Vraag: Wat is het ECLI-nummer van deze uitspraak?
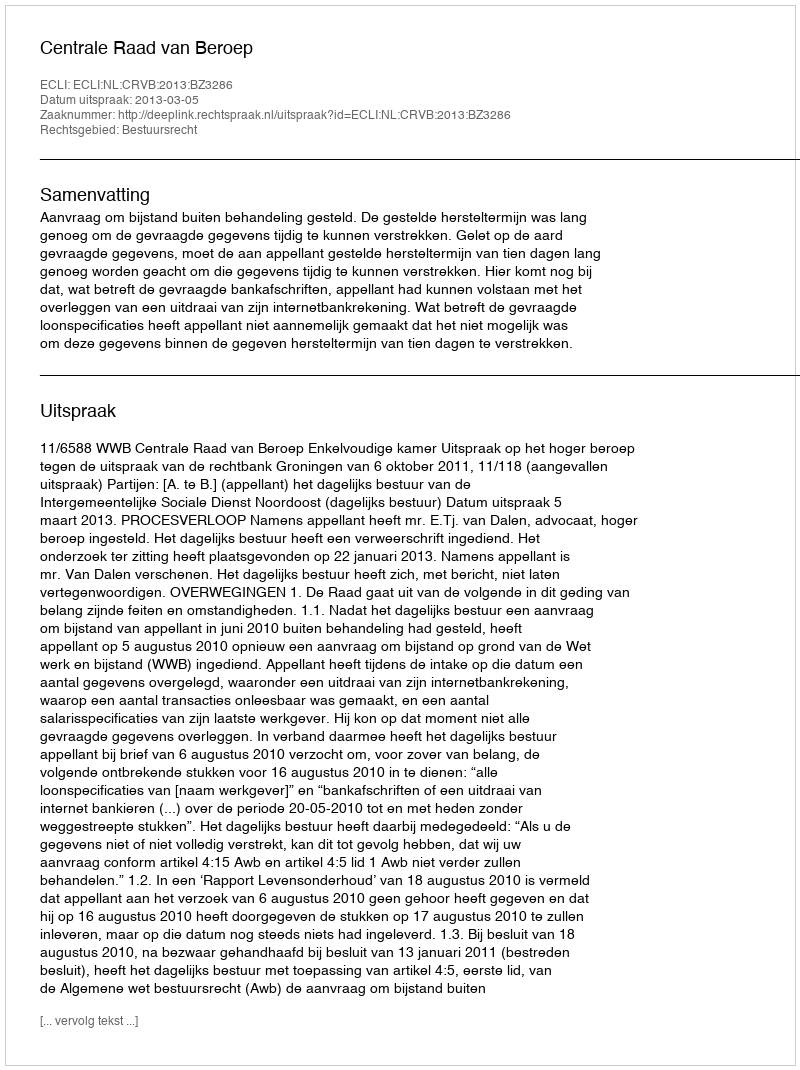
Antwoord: ECLI:NL:CRVB:2013:BZ3286